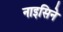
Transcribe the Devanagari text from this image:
नाइसिने